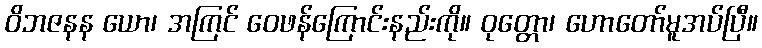
ဝိဘဇနန ယော၊ အကြင် ဝေဖန်ကြောင်းနည်းကို။ ဝုတ္တော၊ ဟောတော်မူအပ်ပြီ။